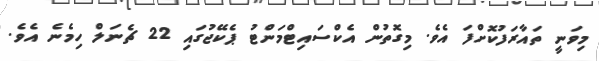
މިވަނީ ތައާރަފުކޮށްފަ އެވެ. މިގޮތުން އެކްސައިޓްމަންޓު ޕެކޭޖުގައި 22 ޗެނަލް ހިމެނެ އެވެ.